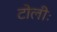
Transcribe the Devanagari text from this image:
टोलीः